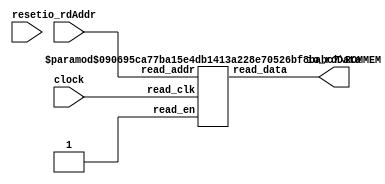
module SimpleSMemROM(
    input clock,
    input reset,
    input [3:0] io_rdAddr,
    output [7:0] io_rdData
);
    wire [7:0] mem__T_11_data;
    wire mem__T_11_clk;
    wire mem__T_11_en;
    wire [3:0] mem__T_11_addr;
    ROMMEM #(.depth(16), .addrbits(4), .width(8), .isSyncRead(1)) mem (
        .read_data(mem__T_11_data),
        .read_clk(mem__T_11_clk),
        .read_en(mem__T_11_en),
        .read_addr(mem__T_11_addr)
    );
    assign io_rdData = mem__T_11_data;
    assign mem__T_11_addr = io_rdAddr;
    assign mem__T_11_clk = clock;
    assign mem__T_11_en = 1'h1;
endmodule //SimpleSMemROM
module ROMMEM(read_data, read_clk, read_en, read_addr);
    parameter depth = 16;
    parameter addrbits = 4;
    parameter width = 32;
    parameter isSyncRead = 0;
    output [width-1:0] read_data;
    input read_clk;
    input read_en;
    input [addrbits-1:0] read_addr;
    reg [width-1:0] memcore [0:depth-1];
    wire [addrbits-1:0] final_read_addr;
    generate
        if (isSyncRead) begin: raddr_processor
            reg [addrbits-1:0] read_addr_pipe_0;
            always @(posedge read_clk) begin
                if (read_en) begin
                    read_addr_pipe_0 <= read_addr;
                end
            end
            assign final_read_addr = read_addr_pipe_0;
        end else begin: raddr_processor
            assign final_read_addr = read_addr;
        end
    endgenerate
    assign read_data = memcore[final_read_addr];
endmodule // ROMMEM